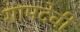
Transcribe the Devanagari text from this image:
गामदेवी